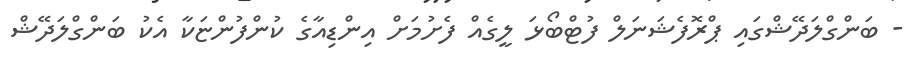
- ބަންގްލަދޭޝްގައި ޕްރޮފެޝަނަލް ފުޓްބޯޅަ ލީގެއް ފެށުމަށް އިންޑިއާގެ ކުންފުންޏަކާ އެކު ބަންގްލަދޭޝް